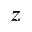
z